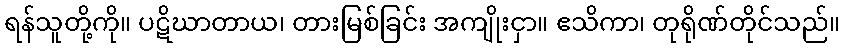
ရန်သူတို့ကို။ ပဋိဃာတာယ၊ တားမြစ်ခြင်း အကျိုးငှာ။ ဧသိကာ၊ တုရိုဏ်တိုင်သည်။